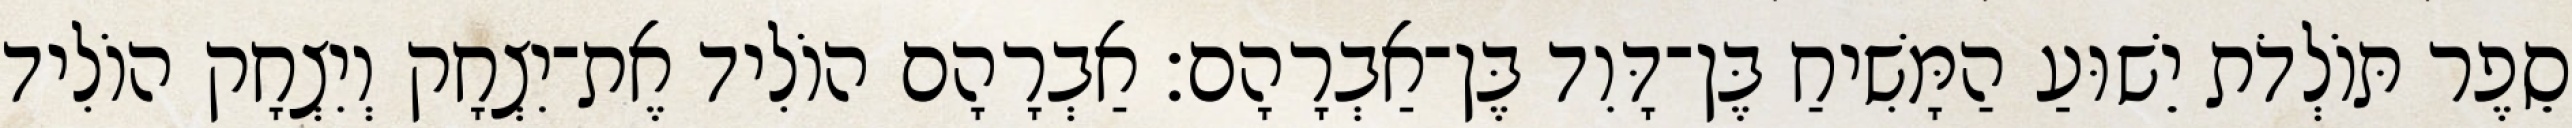
סֵפֶר תּוֹלְדֹת יֵשׁוּעַ הַמָּשִׁיחַ בֶּן־דָּוִד בֶּן־אַבְרָהָם׃ אַבְרָהָם הוֹלִיד אֶת־יִצְחָק וְיִצְחָק הוֹלִיד